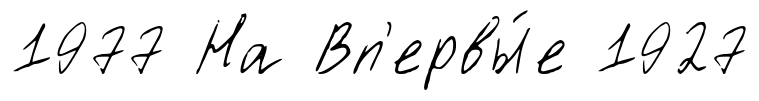
1977 На Вп'ервы́е 1927